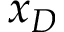
x _ { D }